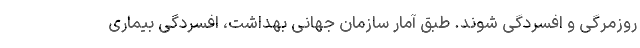
روزمرگی و افسردگی شوند. طبق آمار سازمان جهانی بهداشت، افسردگی بیماری